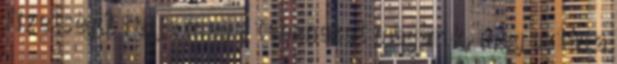
Fizetségül fejje meg a teheneket magának, meg aztán a